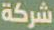
شركة